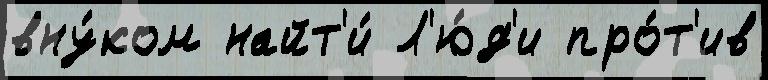
вну́ком найт'и́ Л'ю́д'и про́т'ив